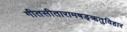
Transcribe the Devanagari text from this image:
गीतसीतारामषड्ऋतुविहार